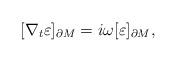
LaTeX: \begin{align*}[\nabla_{t}\varepsilon]_{\partial M}=i \omega [\varepsilon]_{\partial M},\end{align*}